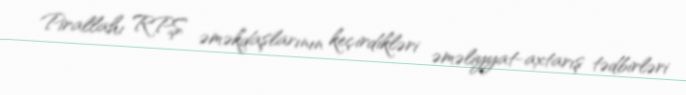
Pirallahı RPŞ əməkdaşlarının keçirdikləri əməliyyat-axtarış tədbirləri